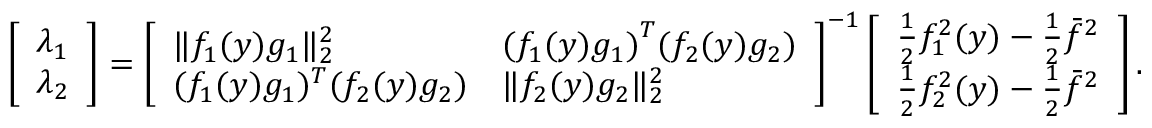
\left[ \begin{array} { l } { \lambda _ { 1 } } \\ { \lambda _ { 2 } } \end{array} \right] = \left[ \begin{array} { l l } { \| f _ { 1 } ( y ) g _ { 1 } \| _ { 2 } ^ { 2 } } & { { ( f _ { 1 } ( y ) g _ { 1 } ) } ^ { T } ( f _ { 2 } ( y ) g _ { 2 } ) } \\ { ( f _ { 1 } ( y ) { g _ { 1 } } ) ^ { T } ( f _ { 2 } ( y ) g _ { 2 } ) } & { \| f _ { 2 } ( y ) g _ { 2 } \| _ { 2 } ^ { 2 } } \end{array} \right] ^ { - 1 } \left[ \begin{array} { l } { \frac { 1 } { 2 } f _ { 1 } ^ { 2 } ( y ) - \frac { 1 } { 2 } \bar { f } ^ { 2 } } \\ { \frac { 1 } { 2 } f _ { 2 } ^ { 2 } ( y ) - \frac { 1 } { 2 } \bar { f } ^ { 2 } } \end{array} \right] .